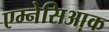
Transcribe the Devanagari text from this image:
एम्नेसिआ़क